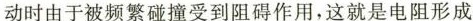
动时由于被频繁碰撞受到阻碍作用，这就是电阻形成